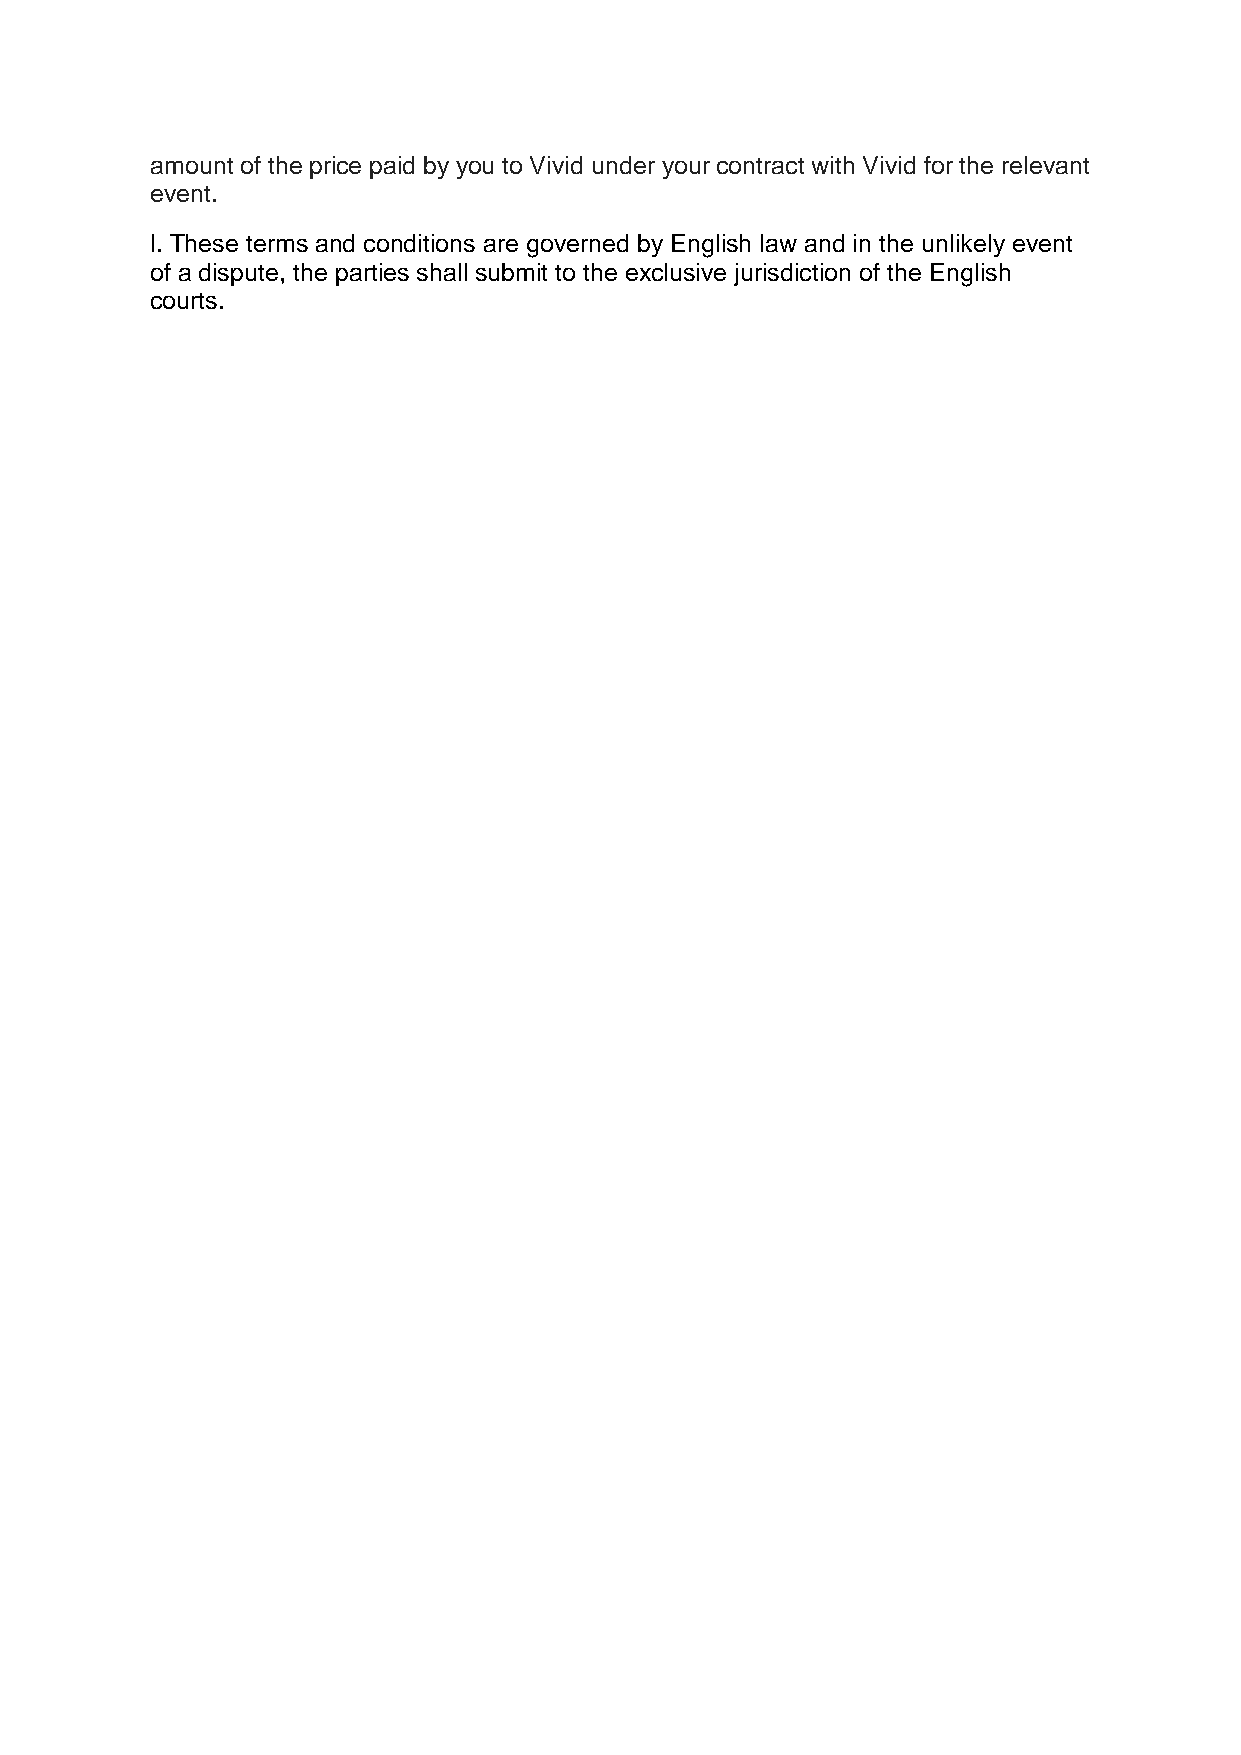
amount of the price paid by you to Vivid under your contract with Vivid for the relevant
 event.
 l. These terms and conditions are governed by English law and in the unlikely event
 of a dispute, the parties shall submit to the exclusive jurisdiction of the English
 courts.